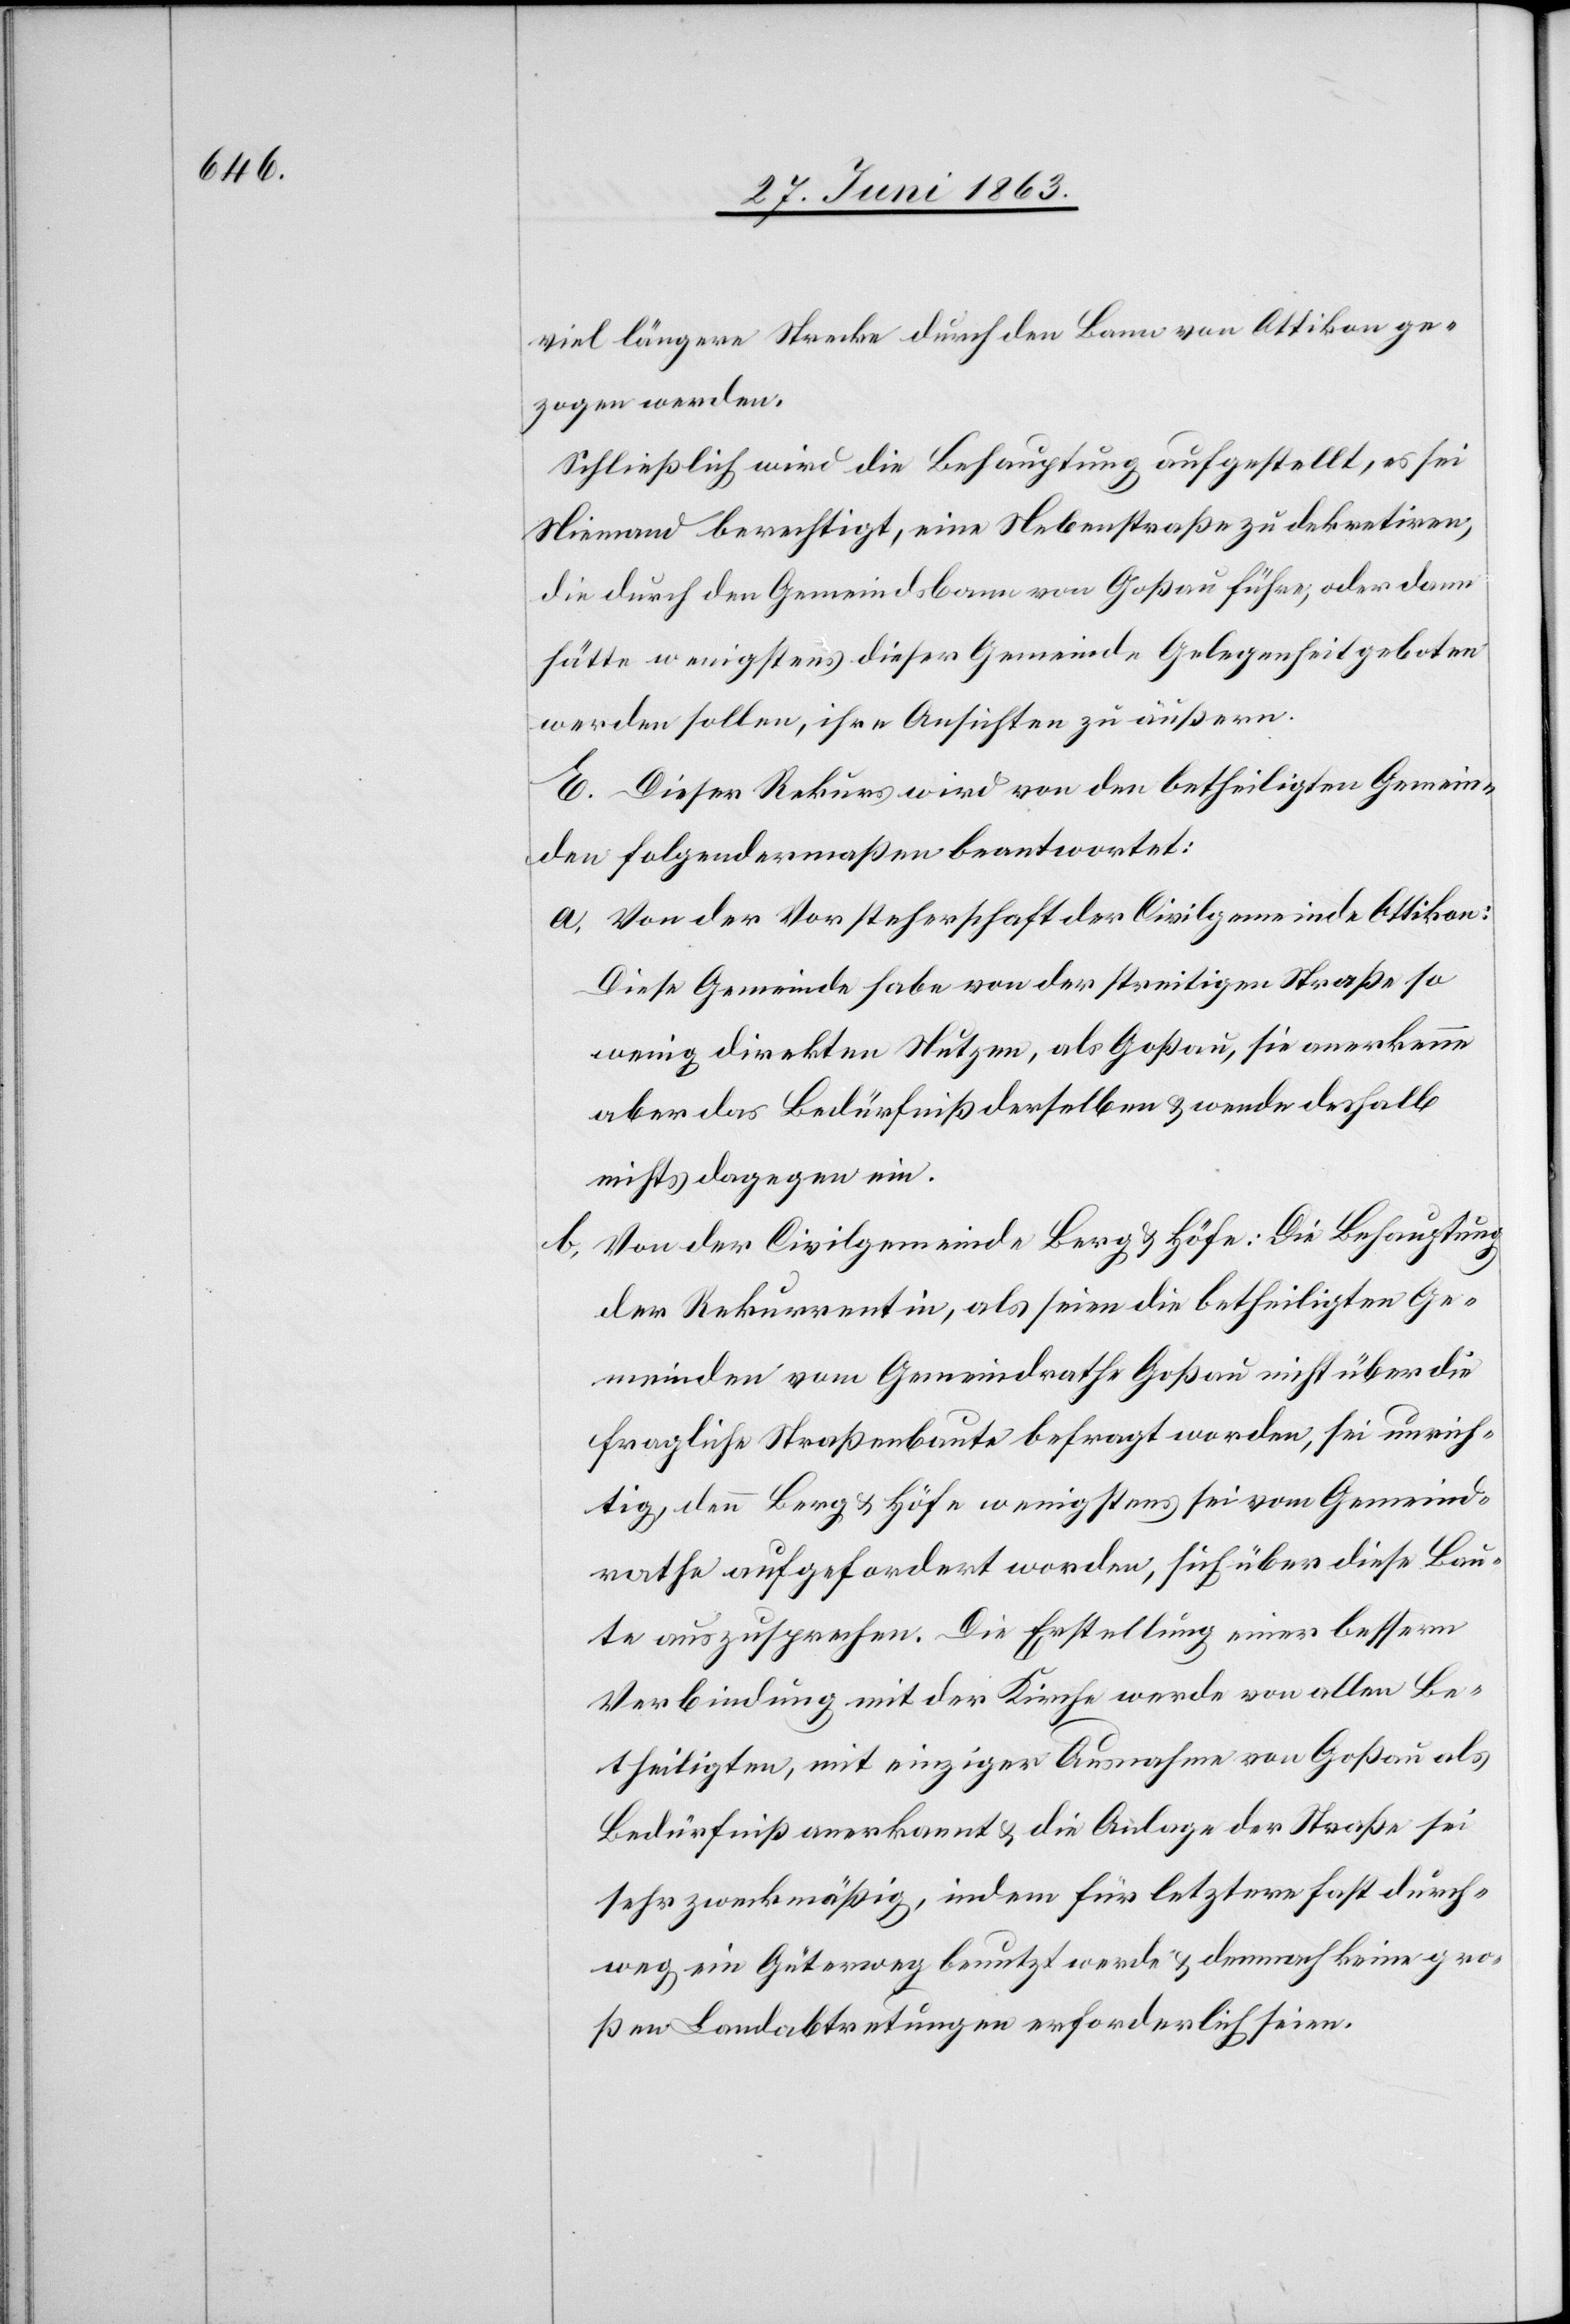
viel längere Strecke durch den Bann von Ottikon ge¬
zogen werden.
Schließlich wird die Behauptung aufgestellt, es sei
Niemand berechtigt, eine Nebenstraße zu dekretiren,
die durch den Gemeindsbann von Goßau führe, oder dann
hätte wenigstens dieser Gemeinde Gelegenheit geboten
werden sollen, ihre Ansichten zu äußern.
E. Dieser Rekurs wird von den betheiligten Gemein¬
den folgendermaßen beantwortet:
a) Von der Vorsteherschaft der Civilgemeinde Ottikon:
Diese Gemeinde habe von der streitigen Straße so
wenig direkten Nutzen, als Goßau, sie anerkenne
aber das Bedürfniß derselben & wende deshalb
nichts dagegen ein.
b) Von der Civilgemeinde Berg & Höfe: Die Behauptung
der Rekurrentin, als seien die betheiligten Ge¬
meinden vom Gemeindrathe Goßau nicht über die
fragliche Straßenbaute befragt worden, sei unrich¬
tig, denn Berg & Höfe wenigstens sei vom Gemeind¬
rathe aufgefordert worden, sich über diese Bau¬
te auszusprechen. Die Erstellung einer bessern
Verbindung mit der Kirche werde von allen Be¬
theiligten, mit einziger Ausnahme von Goßau als
Bedürfniß anerkannt & die Anlage der Straße sei
sehr zweckmäßig, indem für letztere fast durch¬
weg ein Güterweg benutzt werde & demnach keine gro¬
ßen Landabtretungen erforderlich seien.